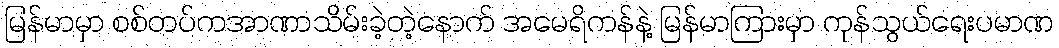
မြန်မာမှာ စစ်တပ်ကအာဏာသိမ်းခဲ့တဲ့နောက် အမေရိကန်နဲ့ မြန်မာကြားမှာ ကုန်သွယ်ရေးပမာဏ